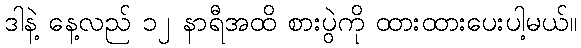
ဒါနဲ့ နေ့လည် ၁၂ နာရီအထိ စားပွဲကို ထားထားပေးပါ့မယ်။